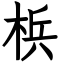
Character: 梹